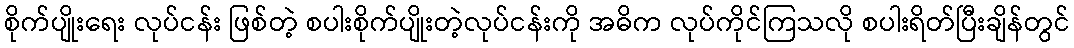
စိုက်ပျိုးရေး လုပ်ငန်း ဖြစ်တဲ့ စပါးစိုက်ပျိုးတဲ့လုပ်ငန်းကို အဓိက လုပ်ကိုင်ကြသလို စပါးရိတ်ပြီးချိန်တွင်